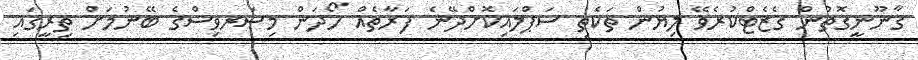
ޤާނޫނީގޮތުން ގެޒެޓްކުރެވޭ ލިޔުން ތަކެތި ސަޕްލައިކޮށްދޭނެ ފަރާތެއް ހޯދަން މިސަރވިސްގެ ބޭނުމަށް ތިރީގައި